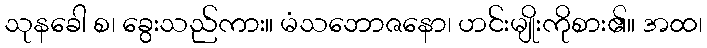
သုနခေါ စ၊ ခွေးသည်ကား။ မံသဘောဇနော၊ ဟင်းမျိုးကိုစား၏။ အထ၊